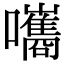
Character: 𡄴